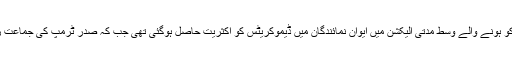
واضح رہے کہ گزشتہ برس 6 نومبر کو ہونے والے وسط مدتی الیکشن میں ایوان نمائندگان میں ڈیموکریٹس کو اکثریت حاصل ہوگئی تھی جب کہ صدر ٹرمپ کی جماعت ری پبلکن کو اپ سیٹ کا سامنا رہا تھا۔